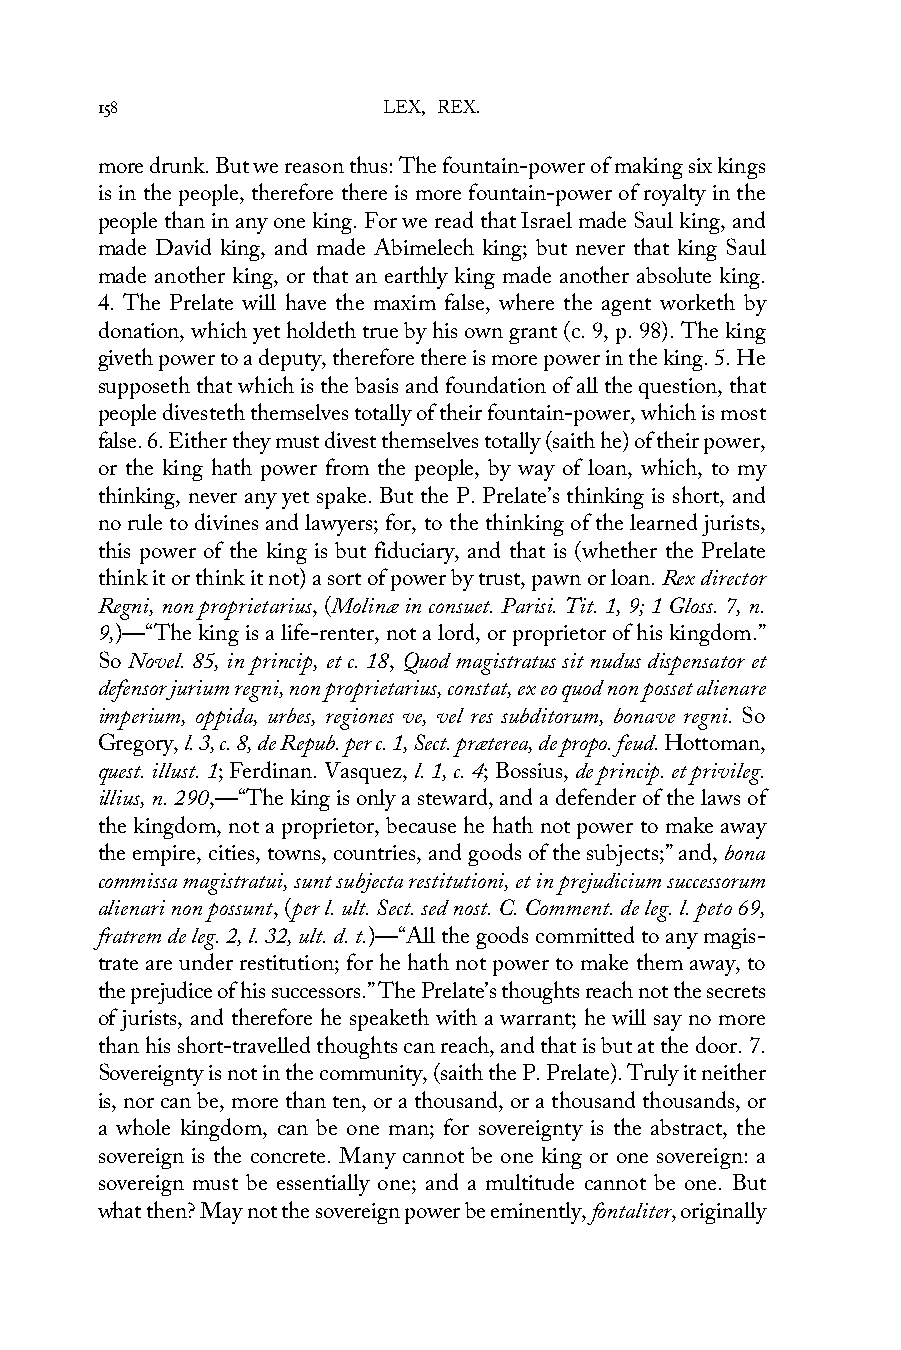
158                LEX, REX.
 more drunk. But we reason thus: The fountain-power of making six kings
 is in the people, therefore there is more fountain-power of royalty in the
 people than in any one king. For we read that Israel made Saul king, and
 made David king, and made Abimelech king; but never that king Saul
 made another king, or that an earthly king made another absolute king.
 4. The Prelate will have the maxim false, where the agent worketh by
 donation, which yet holdeth true by his own grant (c. 9, p. 98). The king
 giveth power to a deputy, therefore there is more power in the king. 5. He
 supposeth that which is the basis and foundation of all the question, that
 people divesteth themselves totally of their fountain-power, which is most
 false. 6. Either they must divest themselves totally (saith he) of their power,
 or the king hath power from the people, by way of loan, which, to my
 thinking, never any yet spake. But the P. Prelate’s thinking is short, and
 no rule to divines and lawyers; for, to the thinking of the learned jurists,
 this power of the king is but fiduciary, and that is (whether the Prelate
 think it or think it not) a sort of power by trust, pawn or loan. Rex director
 Regni, non proprietarius, (Molinæ in consuet. Parisi. Tit. 1, 9; 1 Gloss. 7, n.
 9,)—“The king is a life-renter, not a lord, or proprietor of his kingdom.”
 So Novel. 85, in princip, et c. 18, Quod magistratus sit nudus dispensator et
 defensor jurium regni, non proprietarius, constat, ex eo quod non posset alienare
 imperium, oppida, urbes, regiones ve, vel res subditorum, bonave regni. So
 Gregory, l. 3, c. 8, de Repub. per c. 1, Sect. præterea, de propo. feud. Hottoman,
 quest. illust. 1; Ferdinan. Vasquez, l. 1, c. 4; Bossius, de princip. et privileg.
 illius, n. 290,—“The king is only a steward, and a defender of the laws of
 the kingdom, not a proprietor, because he hath not power to make away
 the empire, cities, towns, countries, and goods of the subjects;” and, bona
 commissa magistratui, sunt subjecta restitutioni, et in prejudicium successorum
 alienari non possunt, (per l. ult. Sect. sed nost. C. Comment. de leg. l. peto 69,
 fratrem de leg. 2, l. 32, ult. d. t.)—“All the goods committed to any magis-
 trate are under restitution; for he hath not power to make them away, to
 the prejudice of his successors.” The Prelate’s thoughts reach not the secrets
 of jurists, and therefore he speaketh with a warrant; he will say no more
 than his short-travelled thoughts can reach, and that is but at the door. 7.
 Sovereignty is not in the community, (saith the P. Prelate). Truly it neither
 is, nor can be, more than ten, or a thousand, or a thousand thousands, or
 a whole kingdom, can be one man; for sovereignty is the abstract, the
 sovereign is the concrete. Many cannot be one king or one sovereign: a
 sovereign must be essentially one; and a multitude cannot be one. But
 what then? May not the sovereign power be eminently, fontaliter, originally